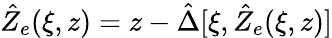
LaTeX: \hat{Z}_{e}(\xi,z)=z-\hat{\Delta}[\xi,\hat{Z}_{e}(\xi,z)]